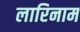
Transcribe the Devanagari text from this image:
लारिनाम